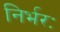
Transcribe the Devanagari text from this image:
निर्भरः